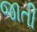
જાતી